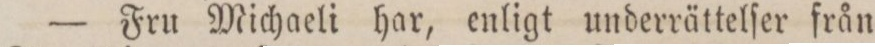
— Fru Michaeli har, enligt underrättelſer från